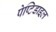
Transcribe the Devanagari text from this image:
पेप्टिडाइल